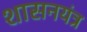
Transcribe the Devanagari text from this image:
शासनयंत्र